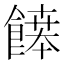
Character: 𩞑